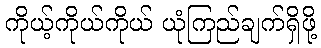
ကိုယ့်ကိုယ်ကိုယ် ယုံကြည်ချက်ရှိဖို့